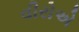
વીરોએ